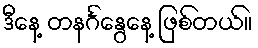
ဒီနေ့ တနင်္ဂနွေနေ့ ဖြစ်တယ်။